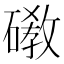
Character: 䃝